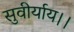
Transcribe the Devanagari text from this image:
सुवीर्याय।।